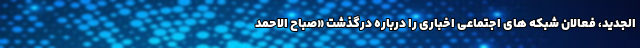
الجدید، فعالان شبکه های اجتماعی اخباری را درباره درگذشت «صباح الاحمد